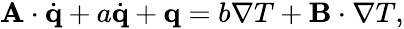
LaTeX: \begin{array}{r}{\mathbf A\cdot\dot{\mathbf q}+a\dot{\mathbf q}+\mathbf q=b\nabla T+\mathbf B\cdot\nabla T,}\end{array}